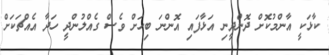
ކާޅަކީ އާންމުކޮށް ދޮންދީނި އަޅާފައި އޮންނަ ބިހަށް ވެސް ގެއްލުންދީ ހަދާ އެއްޗަކަށް